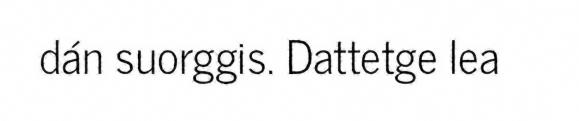
dán suorggis. Dattetge lea